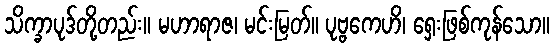
သိက္ခာပုဒ်တို့တည်း။ မဟာရာဇ၊ မင်းမြတ်။ ပုဗ္ဗကေဟိ၊ ရှေးဖြစ်ကုန်သော။